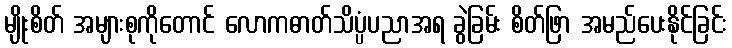
မျိုးစိတ် အများစုကိုတောင် လောကဓာတ်သိပ္ပံပညာအရ ခွဲခြမ်း စိတ်ဖြာ အမည်ပေးနိုင်ခြင်း